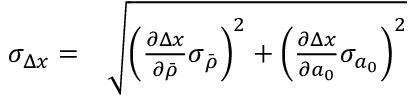
\begin{array} { r l } { \sigma _ { \Delta x } = } & { { } \sqrt { \left( \frac { \partial \Delta x } { \partial \bar { \rho } } \sigma _ { \bar { \rho } } \right) ^ { 2 } + \left( \frac { \partial \Delta x } { \partial a _ { 0 } } \sigma _ { a _ { 0 } } \right) ^ { 2 } } } \end{array}